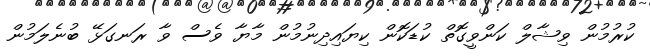
ކުރުމުން ވިޝާލް ކަންވީގޮތް ކުޑަކޮން ކިޔައިދިނުމުން މާޔާ ވެސް ވާ ރަނގަޅޭ ބުނެލަމުން